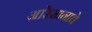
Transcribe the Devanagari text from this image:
आरेखनाचे